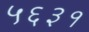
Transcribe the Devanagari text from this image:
५६३१